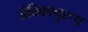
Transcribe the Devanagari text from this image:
जैविकानुरूप